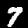
Label: 7